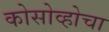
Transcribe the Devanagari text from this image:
कोसोव्होचा